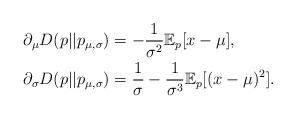
LaTeX: \begin{align*}\partial_\mu D(p||p_{\mu,\sigma}) &= -\frac{1}{\sigma^2}\mathbb{E}_p[x-\mu],\\\partial_\sigma D(p||p_{\mu,\sigma}) &= \frac{1}{\sigma} - \frac{1}{\sigma^3} \mathbb{E}_p[(x-\mu)^2].\end{align*}